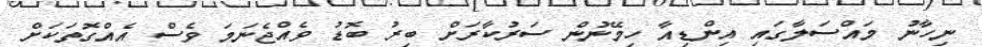
ނިހާނު މައްސަލާގައި އިންޑިއާ ހިމޭނުން ސަރުކާރަށް ބިރު ބޮޑު ވެއްޖެނަމަ ވެސް އެއްގޮތަކަށް